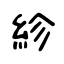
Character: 紾